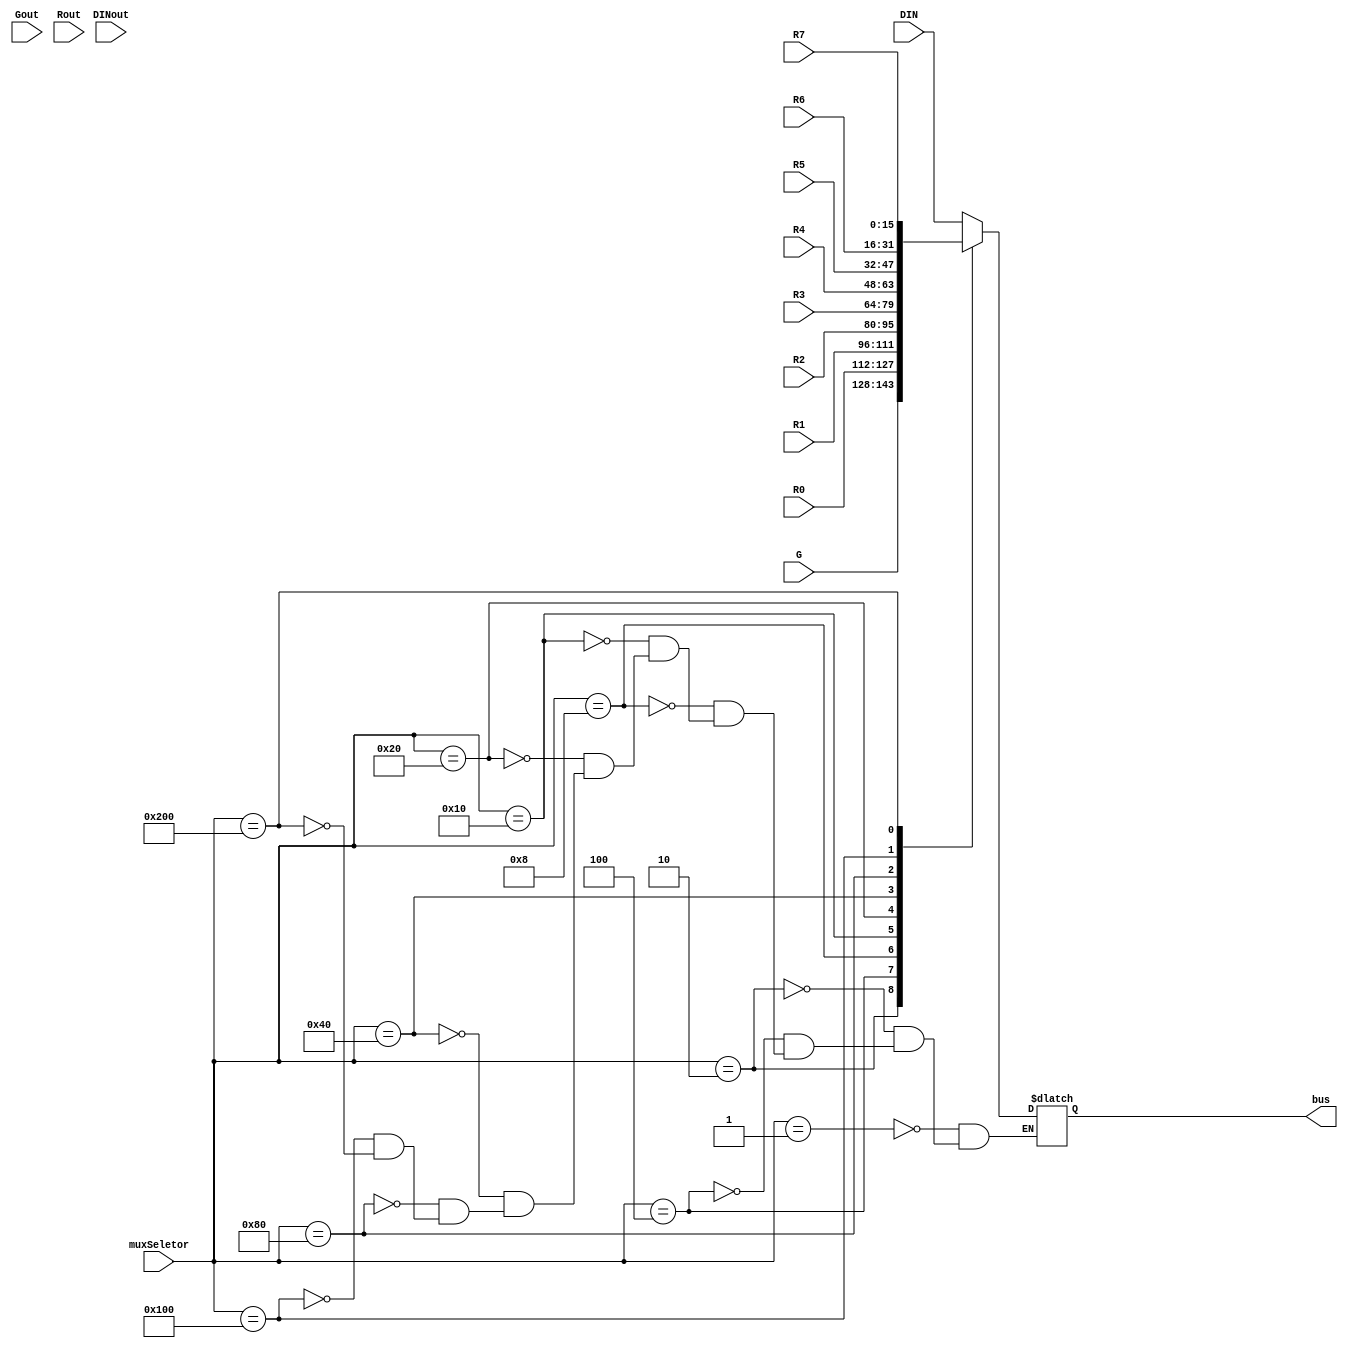
/*
Prtica II - Modulo do multiplexador
Alunos: Alexandre Roque e Vitor Santana.
Disciplina: Arquitetura e Organizao de Computadores II.
Professora: Daniela Cristina Cascini Kupsch.
*/
module muxRtoBus(muxSeletor,DINout, Gout, Rout, DIN, R0, R1, R2, R3, R4, R5, R6, R7, G, bus);
	input[9:0] muxSeletor;
	input [15:0] DIN, R0, R1, R2, R3, R4, R5, R6, R7, G;
	input Gout, DINout;
	input [7:0] Rout;
	output reg [15:0] bus;
	
	always @(*)
   begin // inicio
		
		case (muxSeletor)
			10'b0000000001: bus = DIN;
			10'b0000000010: bus = G;
			10'b0000000100: bus = R0;
			10'b0000001000: bus = R1;
			10'b0000010000: bus = R2;
			10'b0000100000: bus = R3;
			10'b0001000000: bus = R4;
			10'b0010000000: bus = R5;
			10'b0100000000: bus = R6;
			10'b1000000000: bus = R7;
		 endcase
	end //fim
	
endmodule